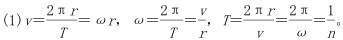
(1)$v = \frac{2\pi r}{T} = \omega r,\ \omega = \frac{2\pi}{T} = \frac{v}{r},\ T = \frac{2\pi r}{v} = \frac{2\pi}{\omega},\ n = \frac{1}{T}$